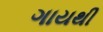
ગાયથી